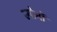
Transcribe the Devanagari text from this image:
ज्योर्नो